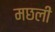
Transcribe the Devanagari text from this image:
मछलीं